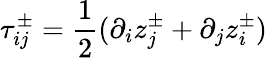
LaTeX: \tau_{ij}^{\pm}=\frac{1}{2}(\partial_{i}z_{j}^{\pm}+\partial_{j}z_{i}^{\pm})